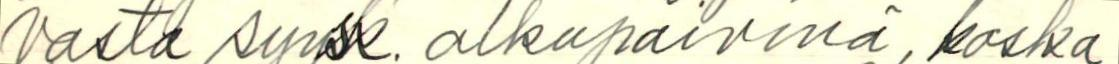
vasta syysk. alkupäivinä, koska